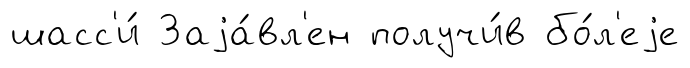
шасс'и́ Заjа́вл'ен получи́в бо́л'еjе